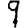
Digit: 9